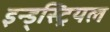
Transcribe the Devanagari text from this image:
इन्ड्स्ट्रियल